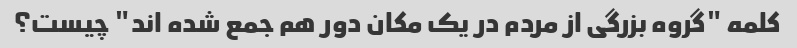
کلمه "گروه بزرگی از مردم در یک مکان دور هم جمع شده اند" چیست؟